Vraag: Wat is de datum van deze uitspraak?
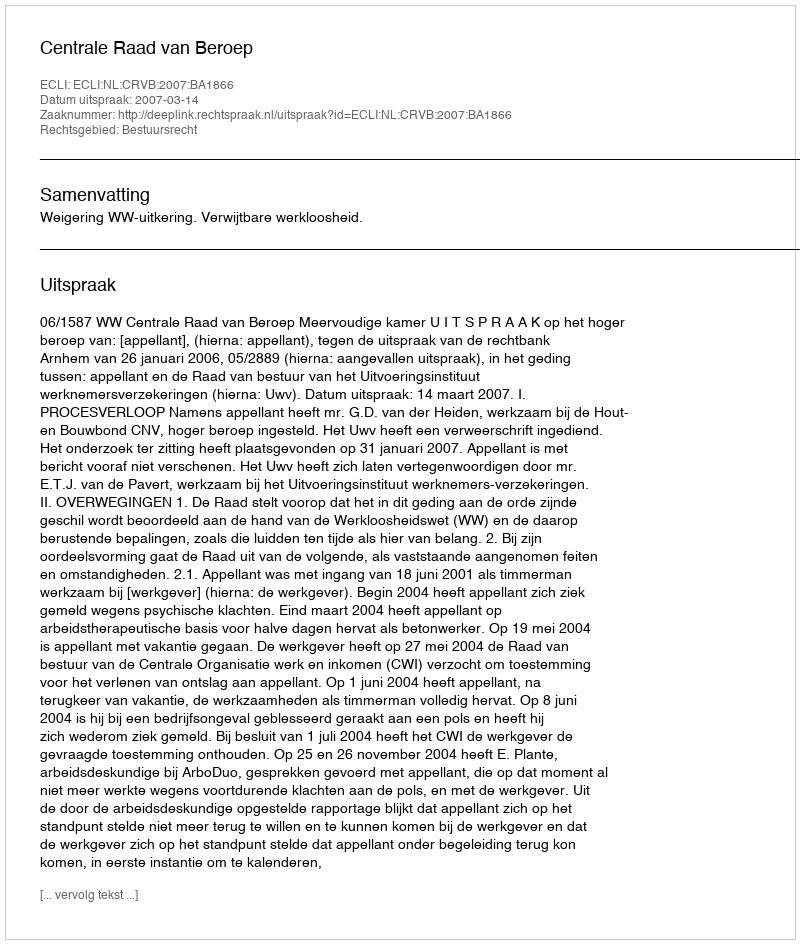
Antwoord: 2007-03-14